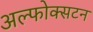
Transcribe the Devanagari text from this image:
अल्फोक्सटन